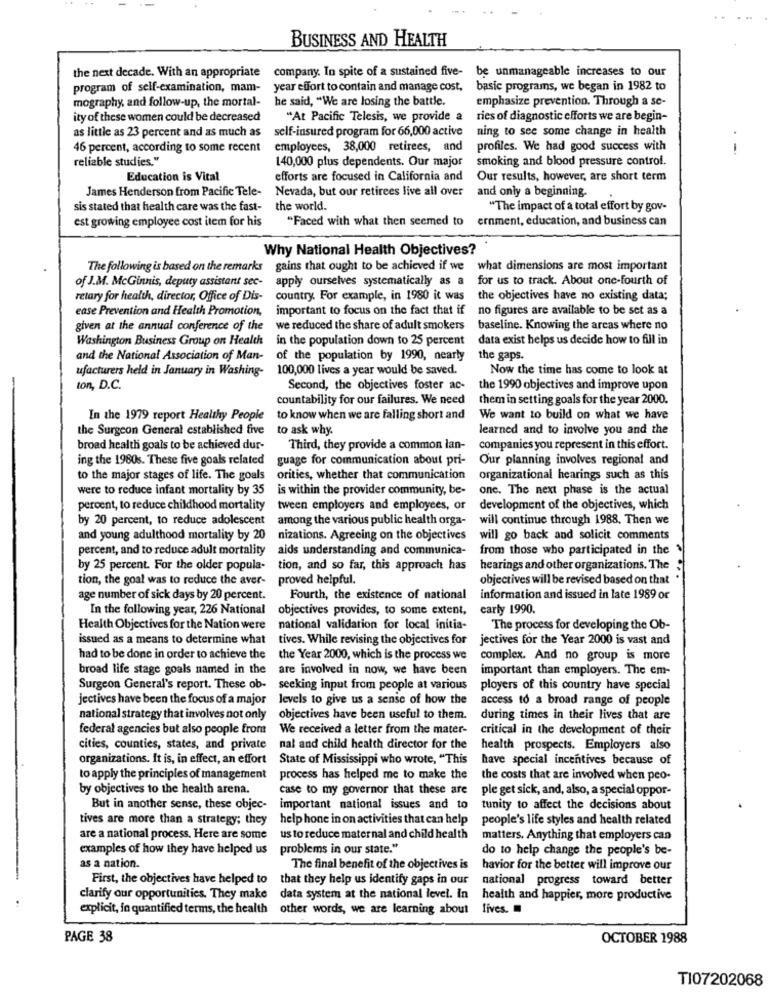
BUSINESS AND HEALTH
the next decade. With an appropriate
company. In spite of a sustained five- be unmanageable increases to our
program of self-examination, mam-
year effort to contain and manage cost,
basic programs, we began in 1982 to
mography, and follow-up, the mortal-
he said, "We are losing the battle.
emphasize prevention. Through a se-
ity of these women could be decreased
"At Pacific Telesis, we provide a
ries of diagnostic efforts we are begin-
as little as 23 percent and as much as
self-insured program for 66,000 active
ning to see some change in health
46 percent, according to some recent
employees, 38,000 retirees, and
profiles. We had good success with
--
reliable studies."
140,000 plus dependents. Our major
smoking and blood pressure control.
Education is Vital
efforts are focused in California and
Our results, however, are short term
James Henderson from Pacific Tele-
Nevada, but our retirees live all over
and only a beginning.
sis stated that health care was the fast- the world.
"The impact of a total effort by gov-
est growing employee cost item for his
"Faced with what then seemed to
ernment, education, and business can
Why National Health Objectives?
The following is based on the remarks gains that ought to be achieved if we what dimensions are most important
of J.M. McGinnis, deputy assistant sec-
apply ourselves systematically as a
for us to track. About one-fourth of
retary for health, director, Office of Dis-
country. For example, in 1980 it was
the objectives have no existing data;
ease Prevention and Health Promotion,
important to focus on the fact that if no figures are available to be set as a
given at the annual conference of the
we reduced the share of adult smokers
baseline. Knowing the areas where no
Washington Business Group on Health
in the population down to 25 percent
data exist helps us decide how to fill in
and the National Association of Man- of the population by 1990, nearly
the gaps.
ufacturers held in January in Washing- 100,000 lives a year would be saved.
Now the time has come to look at
ton, D.C.
Second, the objectives foster ac-
the 1990 objectives and improve upon
countability for our failures. We need
them in setting goals for the year 2000.
In the 1979 report Healthy People to know when we are falling short and
We want to build on what we have
the Surgeon General established five to ask why.
learned and to involve you and the
broad health goals to be achieved dur-
Third, they provide a common lan-
companies you represent in this effort.
ing the 1980s. These five goals related guage for communication about pri-
Our planning involves regional and
to the major stages of life. The goals orities, whether that communication
organizational hearings such as this
were to reduce infant mortality by 35
is within the provider community, be-
one. The next phase is the actual
percent, to reduce childhood mortality
tween employers and employees, or
development of the objectives, which
by 20 percent, to reduce adolescent
among the various public health orga-
will continue through 1988. Then we
and young adulthood mortality by 20 nizations. Agreeing on the objectives
will go back and solicit comments
percent, and to reduce adult mortality
aids understanding and communica-
from those who participated in the
by 25 percent. For the older popula- tion, and so far, this approach has
hearings and other organizations. The
tion, the goal was to reduce the aver-
proved helpful.
objectives will be revised based on that
age number of sick days by 20 percent.
Fourth, the existence of national
information and issued in late 1989 or
In the following year, 226 National
objectives provides, to some extent,
carly 1990.
Health Objectives for the Nation were
national validation for local initia-
The process for developing the Ob-
issued as a means to determine what
tives. While revising the objectives for
jectives for the Year 2000 is vast and
had to be done in order to achieve the
the Year 2000, which is the process we
complex. And no group is more
broad life stage goals named in the
are involved in now, we have been
important than employers. The em-
Surgeon General's report. These ob- seeking input from people at various
ployers of this country have special
jectives have been the focus of a major levels to give us a sense of how the
access to a broad range of people
national strategy that involves not only
objectives have been useful to them.
during times in their lives that are
federal agencies but also people from
We received a letter from the mater-
critical in the development of their
cities, counties, states, and private
nal and child health director for the
health prospects. Employers also
organizations. It is, in effect, an effort
State of Mississippi who wrote, "This
have special incentives because of
to apply the principles of management
process has helped me to make the
the costs that are involved when peo-
by objectives to the health arena.
case to my governor that these are
ple get sick, and, also, a special oppor-
But in another sense, these objec-
important national issues and to
tunity to affect the decisions about
tives are more than a strategy; they
help hone in on activities that can help
people's life styles and health related
are a national process. Here are some
us to reduce maternal and child health
matters. Anything that employers can
examples of how they have helped us
problems in our state."
do to help change the people's be-
as a nation.
The final benefit of the objectives is
havior for the better will improve our
First, the objectives have helped to that they help us identify gaps in our
national progress toward better
clarify our opportunities. They make data system at the national level. In
health and happier, more productive
explicit, fo quantified terms, the health
other words, we are learning about
Lives.
PAGE 38
OCTOBER 1988
TI07202068